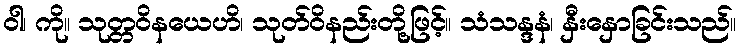
ဝါ၊ ကို။ သုတ္တဝိနယေဟိ၊ သုတ်ဝိနည်းတို့ဖြင့်။ သံသန္ဒနံ၊ နှီးနှောခြင်းသည်။